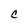
Character: C